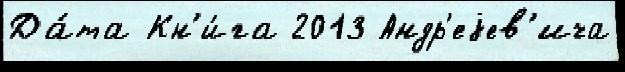
Да́та Кн'и́га 2013 Андр'еjев'ича